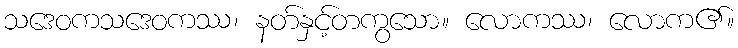
သဒေဝကသဒေဝကဿ၊ နတ်နှင့်တကွသော။ လောကဿ၊ လောက၏။